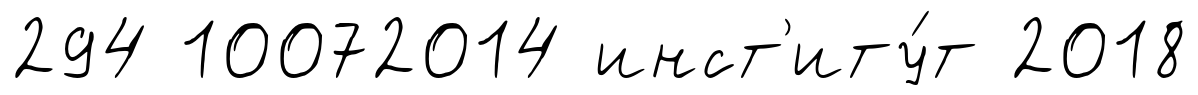
294 10072014 инст'иту́т 2018